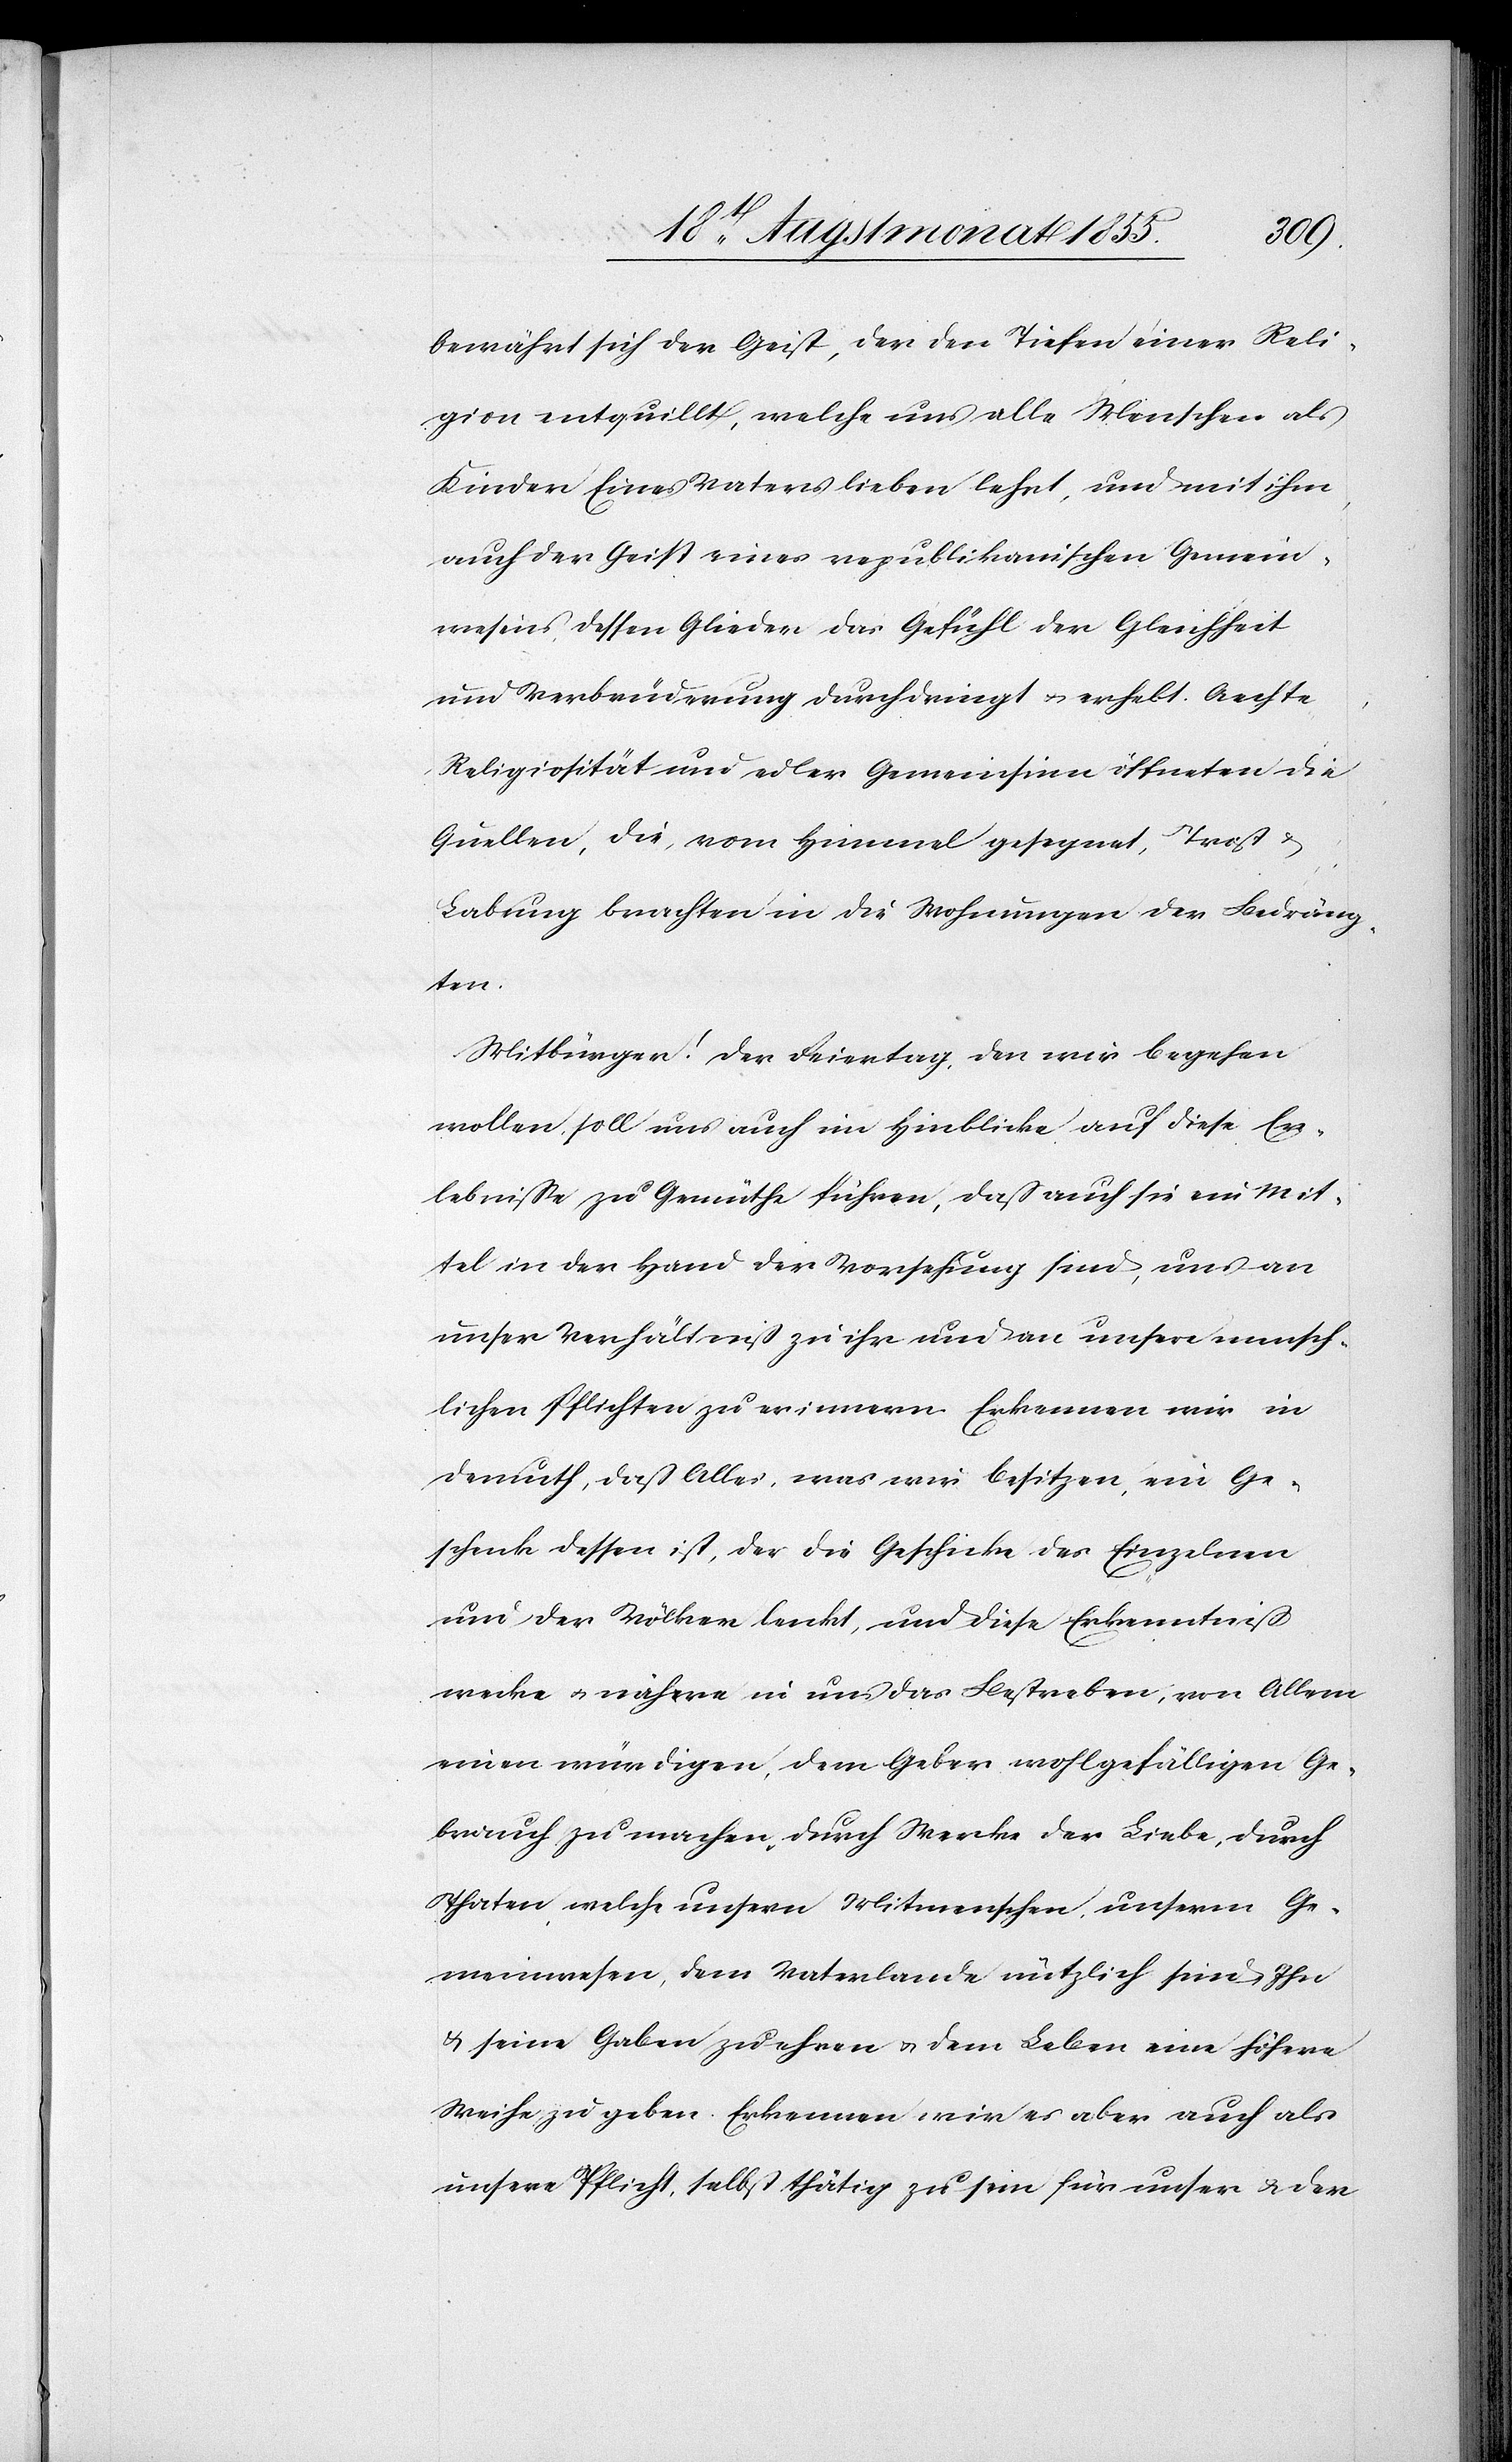
bewährt sich der Geist, der den Tiefen einer Reli¬
gion entquillt, welche uns alle Menschen als
Kinder Eines Vaters lieben lehrt, und mit ihm,
auch der Geist eines republikanischen Gemein¬
wesens, dessen Glieder das Gefühl der Gleichheit
und Verbrüderung durchdringt & erhebt. Aechte
Religiosität und edler Gemeinsinn öffneten die
Quellen, die, vom Himmel gesegnet, Trost &
Labung brachten in die Wohnungen der Bedräng¬
ten.
Mitbürger! Der Feiertag, den wir begehen
wollen, soll uns auch im Hinblicke auf diese Er¬
lebniße zu Gemüthe führen, daß auch sie ein Mit¬
tel in der Hand der Vorsehung sind, uns an
unser Verhältniß zu ihr und an unsere mensch¬
lichen Pflichten zu erinnern. Erkennen wir in
Demuth, daß Alles, was wir besitzen, ein Ge¬
schenk dessen ist, der die Geschicke des Einzelnen
und der Völker lenkt, und diese Erkenntniß
wecke & nähre in uns das Bestreben, von Allem
einen würdigen, dem Geber wohlgefälligen Ge¬
brauch zu machen, durch Werke der Liebe, durch
Thaten, welche unsern Mitmenschen, unserm Ge¬
meinwesen, dem Vaterlande nützlich sind, Ihn
& seine Gaben zu ehren & dem Leben eine höhere
Weihe zu geben. Erkennen wir es aber auch als
unsere Pflicht, selbst thätig zu sein für unser & der